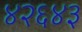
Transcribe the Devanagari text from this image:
४२६४३